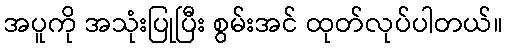
အပူကို အသုံးပြုပြီး စွမ်းအင် ထုတ်လုပ်ပါတယ်။